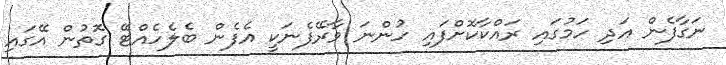
ނަގާފެން އަދި ހަމުގައި ރައްކާކޮށްފައި ހުންނަ ވާރޭފެނަކީ އެފެން ބެލެހެއްޓޭ ގޮތުން އޭގައި